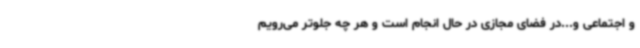
و اجتماعی و...در فضای مجازی در حال انجام است و هر چه جلوتر می‌رویم